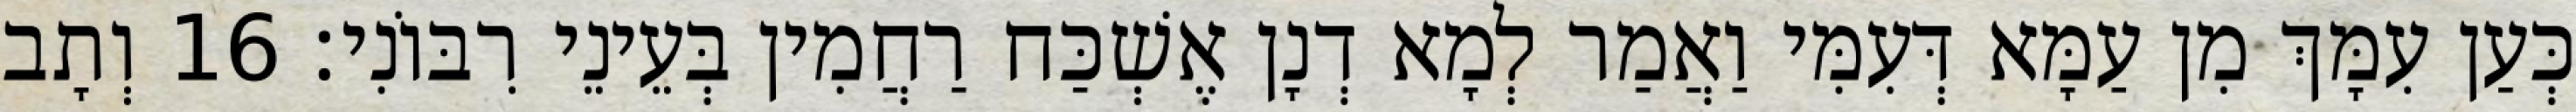
כְּעַן עִמָּךְ מִן עַמָּא דְּעִמִּי וַאֲמַר לְמָא דְנָן אֶשְׁכַּח רַחֲמִין בְּעֵינֵי רִבּוֹנִי׃ 16 וְתָב